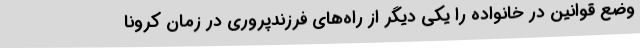
وضع قوانین در خانواده را یکی دیگر از راه‌های فرزندپروری در زمان کرونا